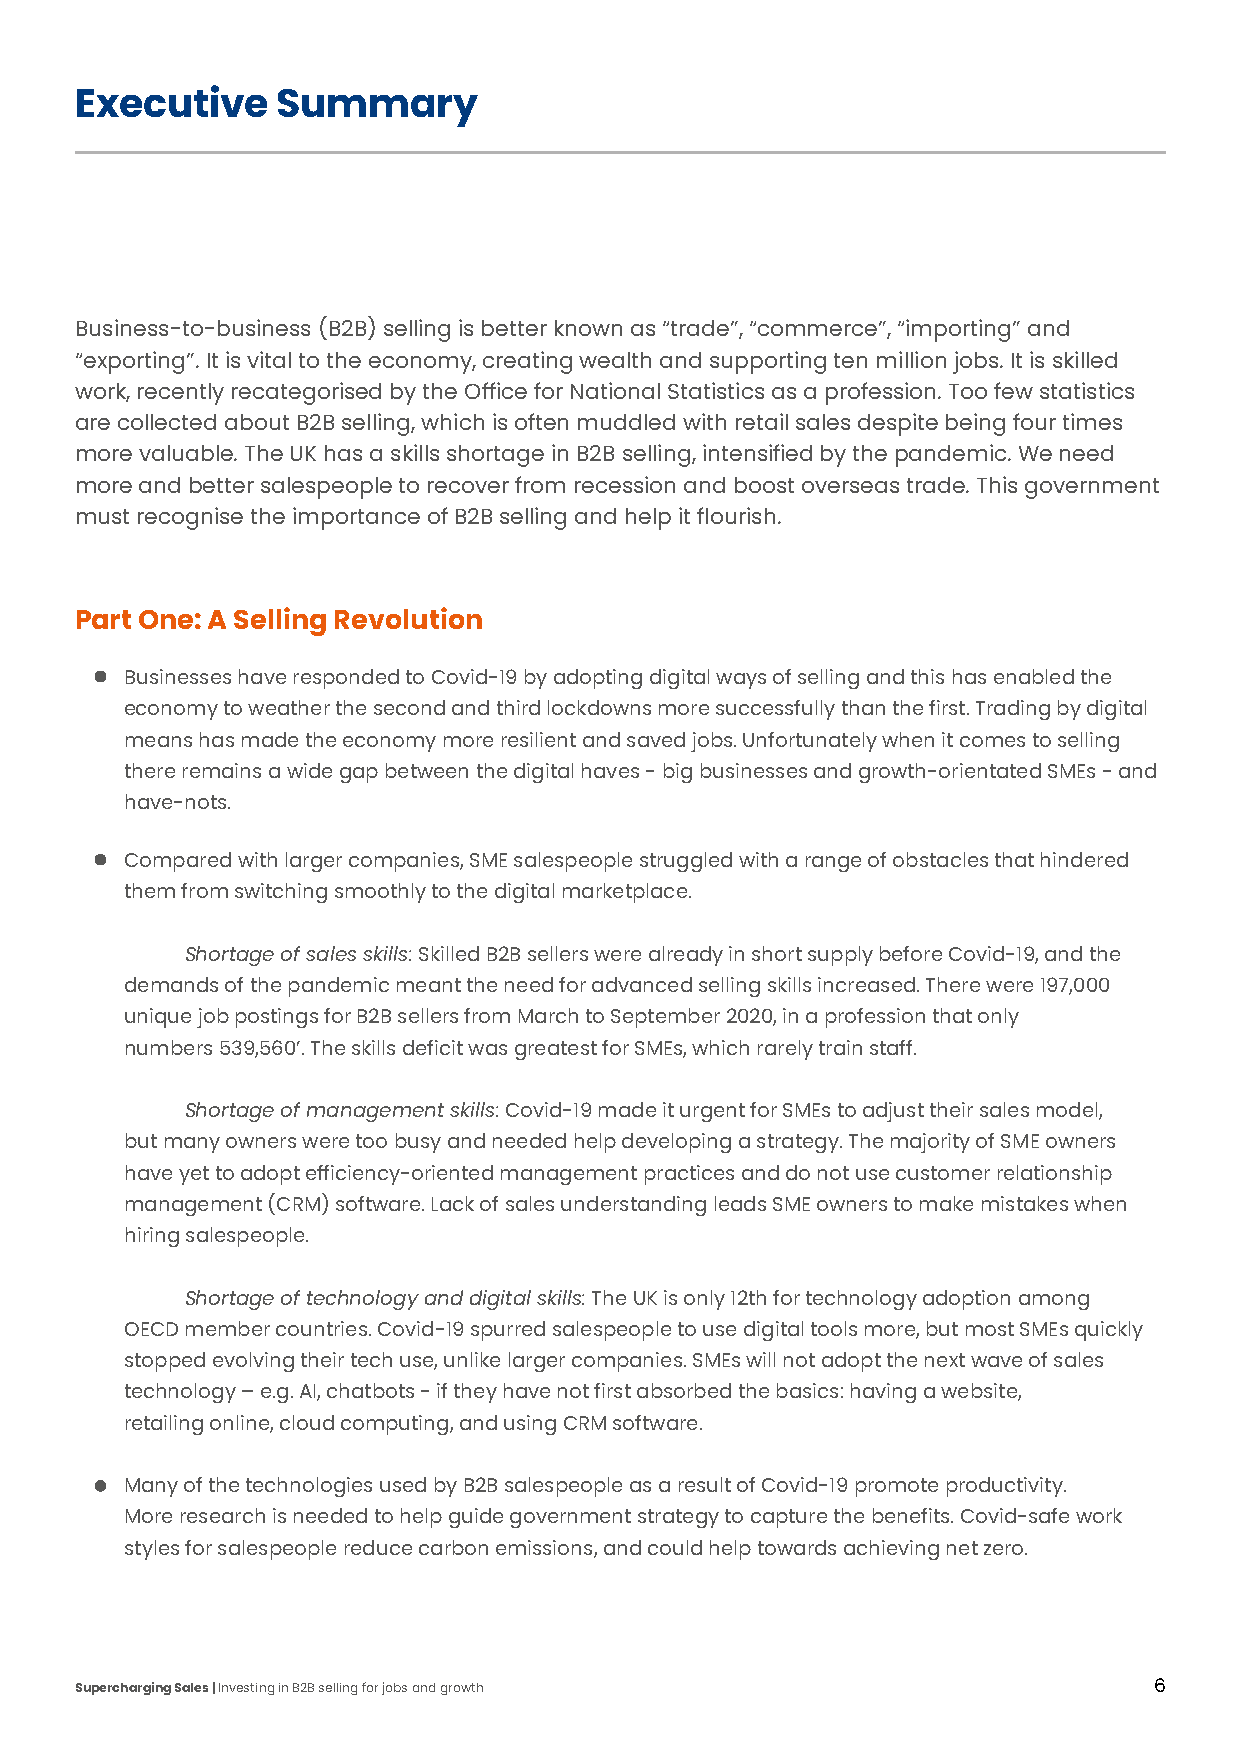
Executive    Summary
 Business-to-business (B2B) selling is better known as “trade”, “commerce”, “importing” and
 “exporting”. It is vital to the economy, creating wealth and supporting ten million jobs. It is skilled
 work, recently recategorised by the Office for National Statistics as a profession. Too few statistics
 are collected about B2B selling, which is often muddled with retail sales despite being four times
 more valuable. The UK has a skills shortage in B2B selling, intensified by the pandemic. We need
 more and better salespeople to recover from recession and boost overseas trade. This government
 must recognise the importance of B2B selling and help it flourish.
 Part One: A Selling Revolution
 Businesses have responded to Covid-19 by adopting digital ways of selling and this has enabled the
 economy to weather the second and third lockdowns more successfully than the first. Trading by digital
 means has made the economy more resilient and saved jobs. Unfortunately when it comes to selling
 there remains a wide gap between the digital haves - big businesses and growth-orientated SMEs - and
 have-nots.
 Compared with larger companies, SME salespeople struggled with a range of obstacles that hindered
 them from switching smoothly to the digital marketplace.
 Shortage of sales skills: Skilled B2B sellers were already in short supply before Covid-19, and the
 demands of the pandemic meant the need for advanced selling skills increased. There were 197,000
 unique job postings for B2B sellers from March to September 2020, in a profession that only
 numbers 539,560’. The skills deficit was greatest for SMEs, which rarely train staff.
 Shortage of management skills: Covid-19 made it urgent for SMEs to adjust their sales model,
 but many owners were too busy and needed help developing a strategy. The majority of SME owners
 have yet to adopt efficiency-oriented management practices and do not use customer relationship
 management (CRM) software. Lack of sales understanding leads SME owners to make mistakes when
 hiring salespeople.
 Shortage of technology and digital skills: The UK is only 12th for technology adoption among
 OECD member countries. Covid-19 spurred salespeople to use digital tools more, but most SMEs quickly
 stopped evolving their tech use, unlike larger companies. SMEs will not adopt the next wave of sales
 technology – e.g. AI, chatbots - if they have not first absorbed the basics: having a website,
 retailing online, cloud computing, and using CRM software.
 Many of the technologies used by B2B salespeople as a result of Covid-19 promote productivity.
 More research is needed to help guide government strategy to capture the benefits. Covid-safe work
 styles for salespeople reduce carbon emissions, and could help towards achieving net zero.
 Supercharging Sales | Investing in B2B selling for jobs and growth     6